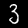
Label: 3